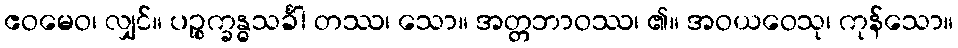
ဧဝမေဝ၊ လျှင်။ ပဉ္စက္ခန္ဓသင်္ခါ တဿ၊ သော။ အတ္တဘာဝဿ၊ ၏။ အဝယဝေသု၊ ကုန်သော။